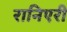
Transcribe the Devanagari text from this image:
रानिएरी